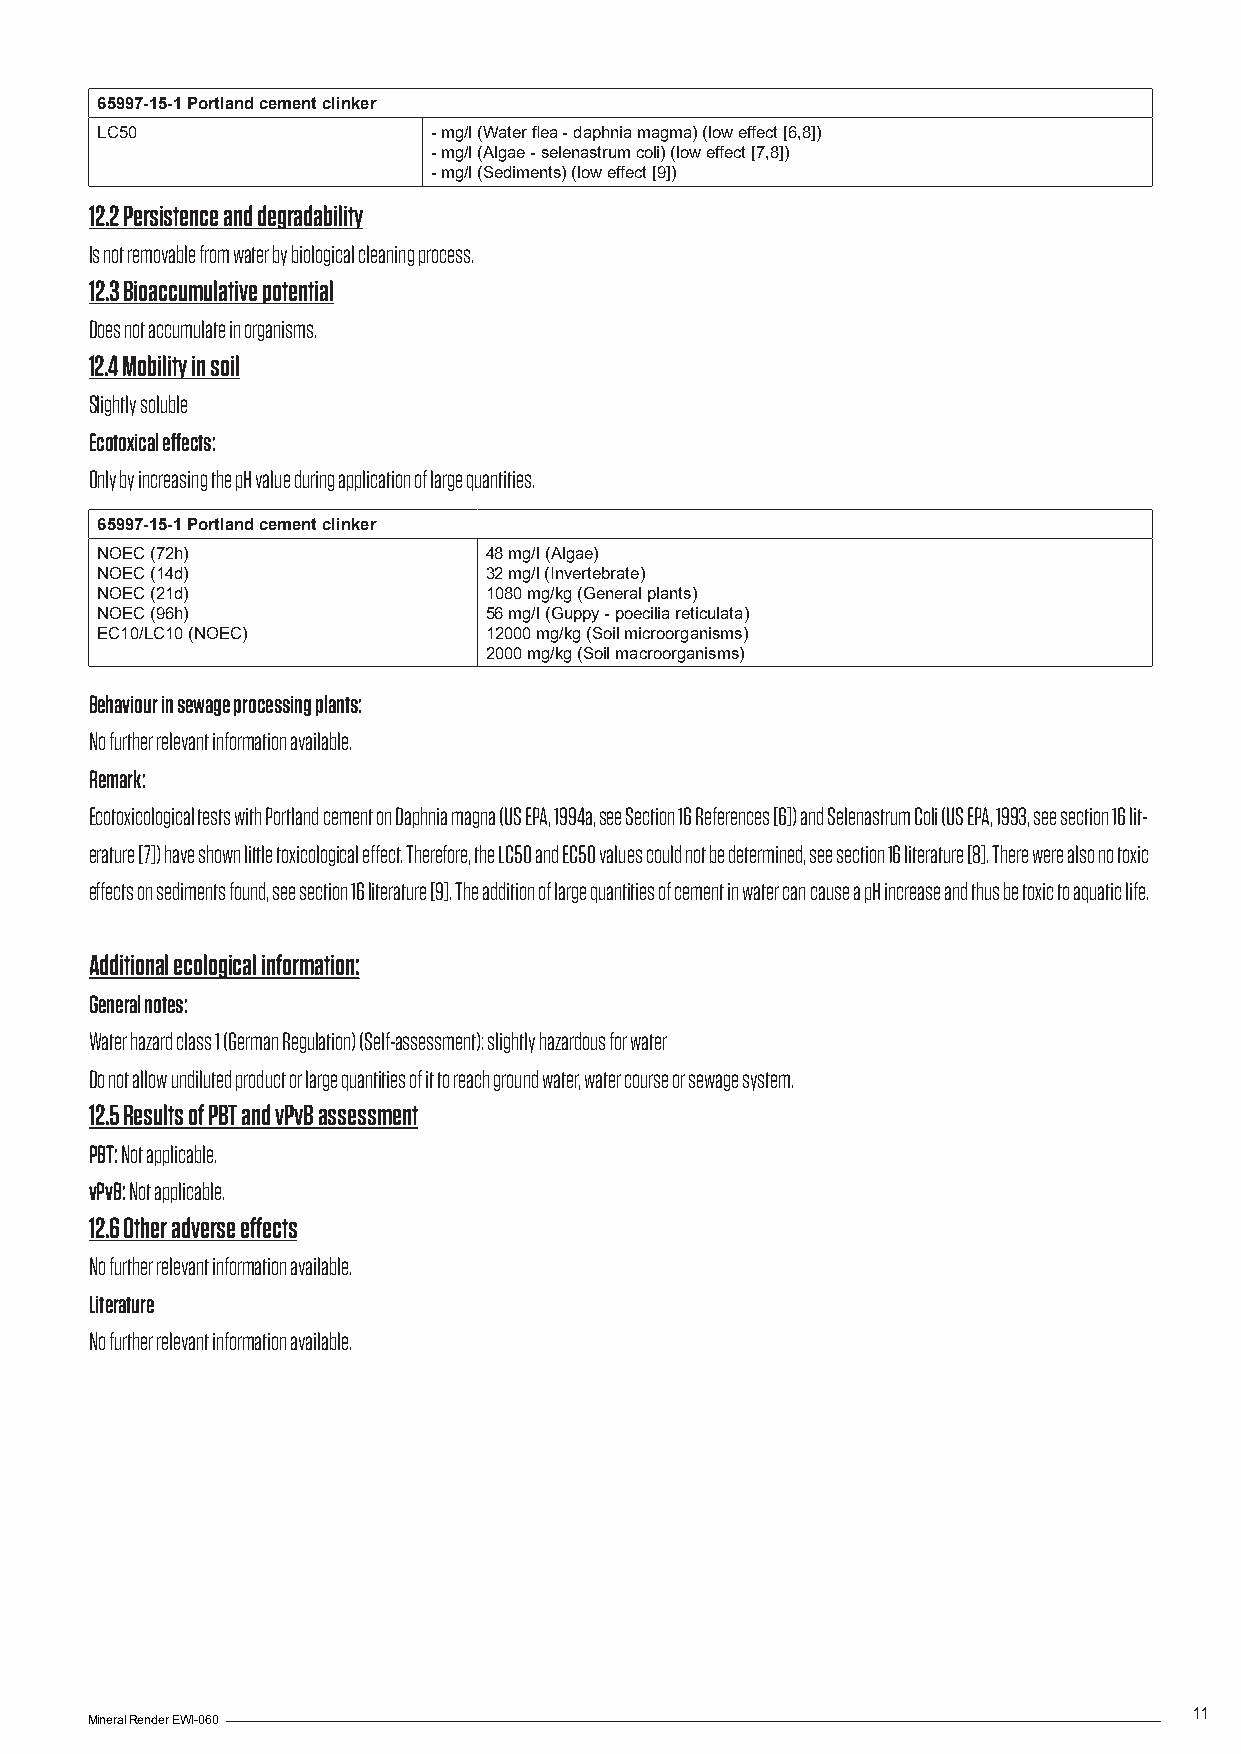
65997-15-1 Portland cement clinker
 LC50                   - mg/l (Water flea - daphnia magma) (low effect [6,8])
 - mg/l (Algae - selenastrum coli) (low effect [7,8])
 - mg/l (Sediments) (low effect [9])
 12.2 Persistence and degradability
 Is not removable from water by biological cleaning process.
 12.3 Bioaccumulative potential
 Does not accumulate in organisms.
 12.4 Mobility in soil
 Slightly soluble
 Ecotoxical effects:
 Only by increasing the pH value during application of large quantities.
 65997-15-1 Portland cement clinker
 NOEC (72h)                48 mg/l (Algae)
 NOEC (14d)                32 mg/l (Invertebrate)
 NOEC (21d)                1080 mg/kg (General plants)
 NOEC (96h)                56 mg/l (Guppy - poecilia reticulata)
 EC10/LC10 (NOEC)          12000 mg/kg (Soil microorganisms)
 2000 mg/kg (Soil macroorganisms)
 Behaviour in sewage processing plants:
 No further relevant information available.
 Remark:
 Ecotoxicological tests with Portland cement on Daphnia magna (US EPA, 1994a, see Section 16 References [6]) and Selenastrum Coli (US EPA, 1993, see section 16 lit-
 erature [7]) have shown little toxicological effect. Therefore, the LC50 and EC50 values could not be determined, see section 16 literature [8]. There were also no toxic
 effects on sediments found, see section 16 literature [9]. The addition of large quantities of cement in water can cause a pH increase and thus be toxic to aquatic life.
 Additional ecological information:
 General notes:
 Water hazard class 1 (German Regulation) (Self-assessment): slightly hazardous for water
 Do not allow undiluted product or large quantities of it to reach ground water, water course or sewage system.
 12.5 Results of PBT and vPvB assessment
 PBT: Not applicable.
 vPvB: Not applicable.
 12.6 Other adverse effects
 No further relevant information available.
 Literature
 No further relevant information available.
 11
 Mineral Render EWI-060